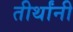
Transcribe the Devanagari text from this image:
तीर्थांनी